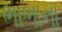
ભાભાના